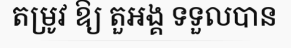
តម្រូវ ឱ្យ តួអង្គ ទទួលបាន